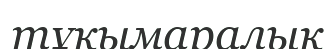
тұқымаралық